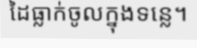
ដៃធ្លាក់ចូលក្នុងទន្លេ។